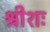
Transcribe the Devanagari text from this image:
श्रीशः